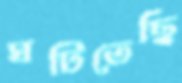
ঘটিতেছি